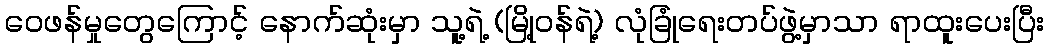
ဝေဖန်မှုတွေကြောင့် နောက်ဆုံးမှာ သူ့ရဲ့ (မြို့ဝန်ရဲ့) လုံခြုံရေးတပ်ဖွဲ့မှာသာ ရာထူးပေးပြီး